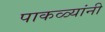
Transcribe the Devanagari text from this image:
पाकळ्यांनी